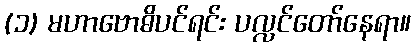
(၁) မဟာဗောဓိပင်ရင်း ပလ္လင်တော်နေရာ။